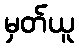
မှတ်ယူ